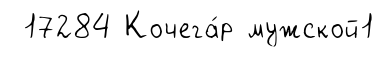
17284 Кочега́р мужской1